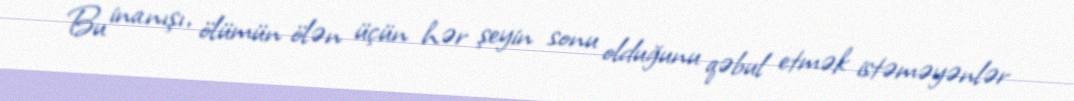
Bu inanışı, ölümün ölən üçün hər şeyin sonu olduğunu qəbul etmək istəməyənlər